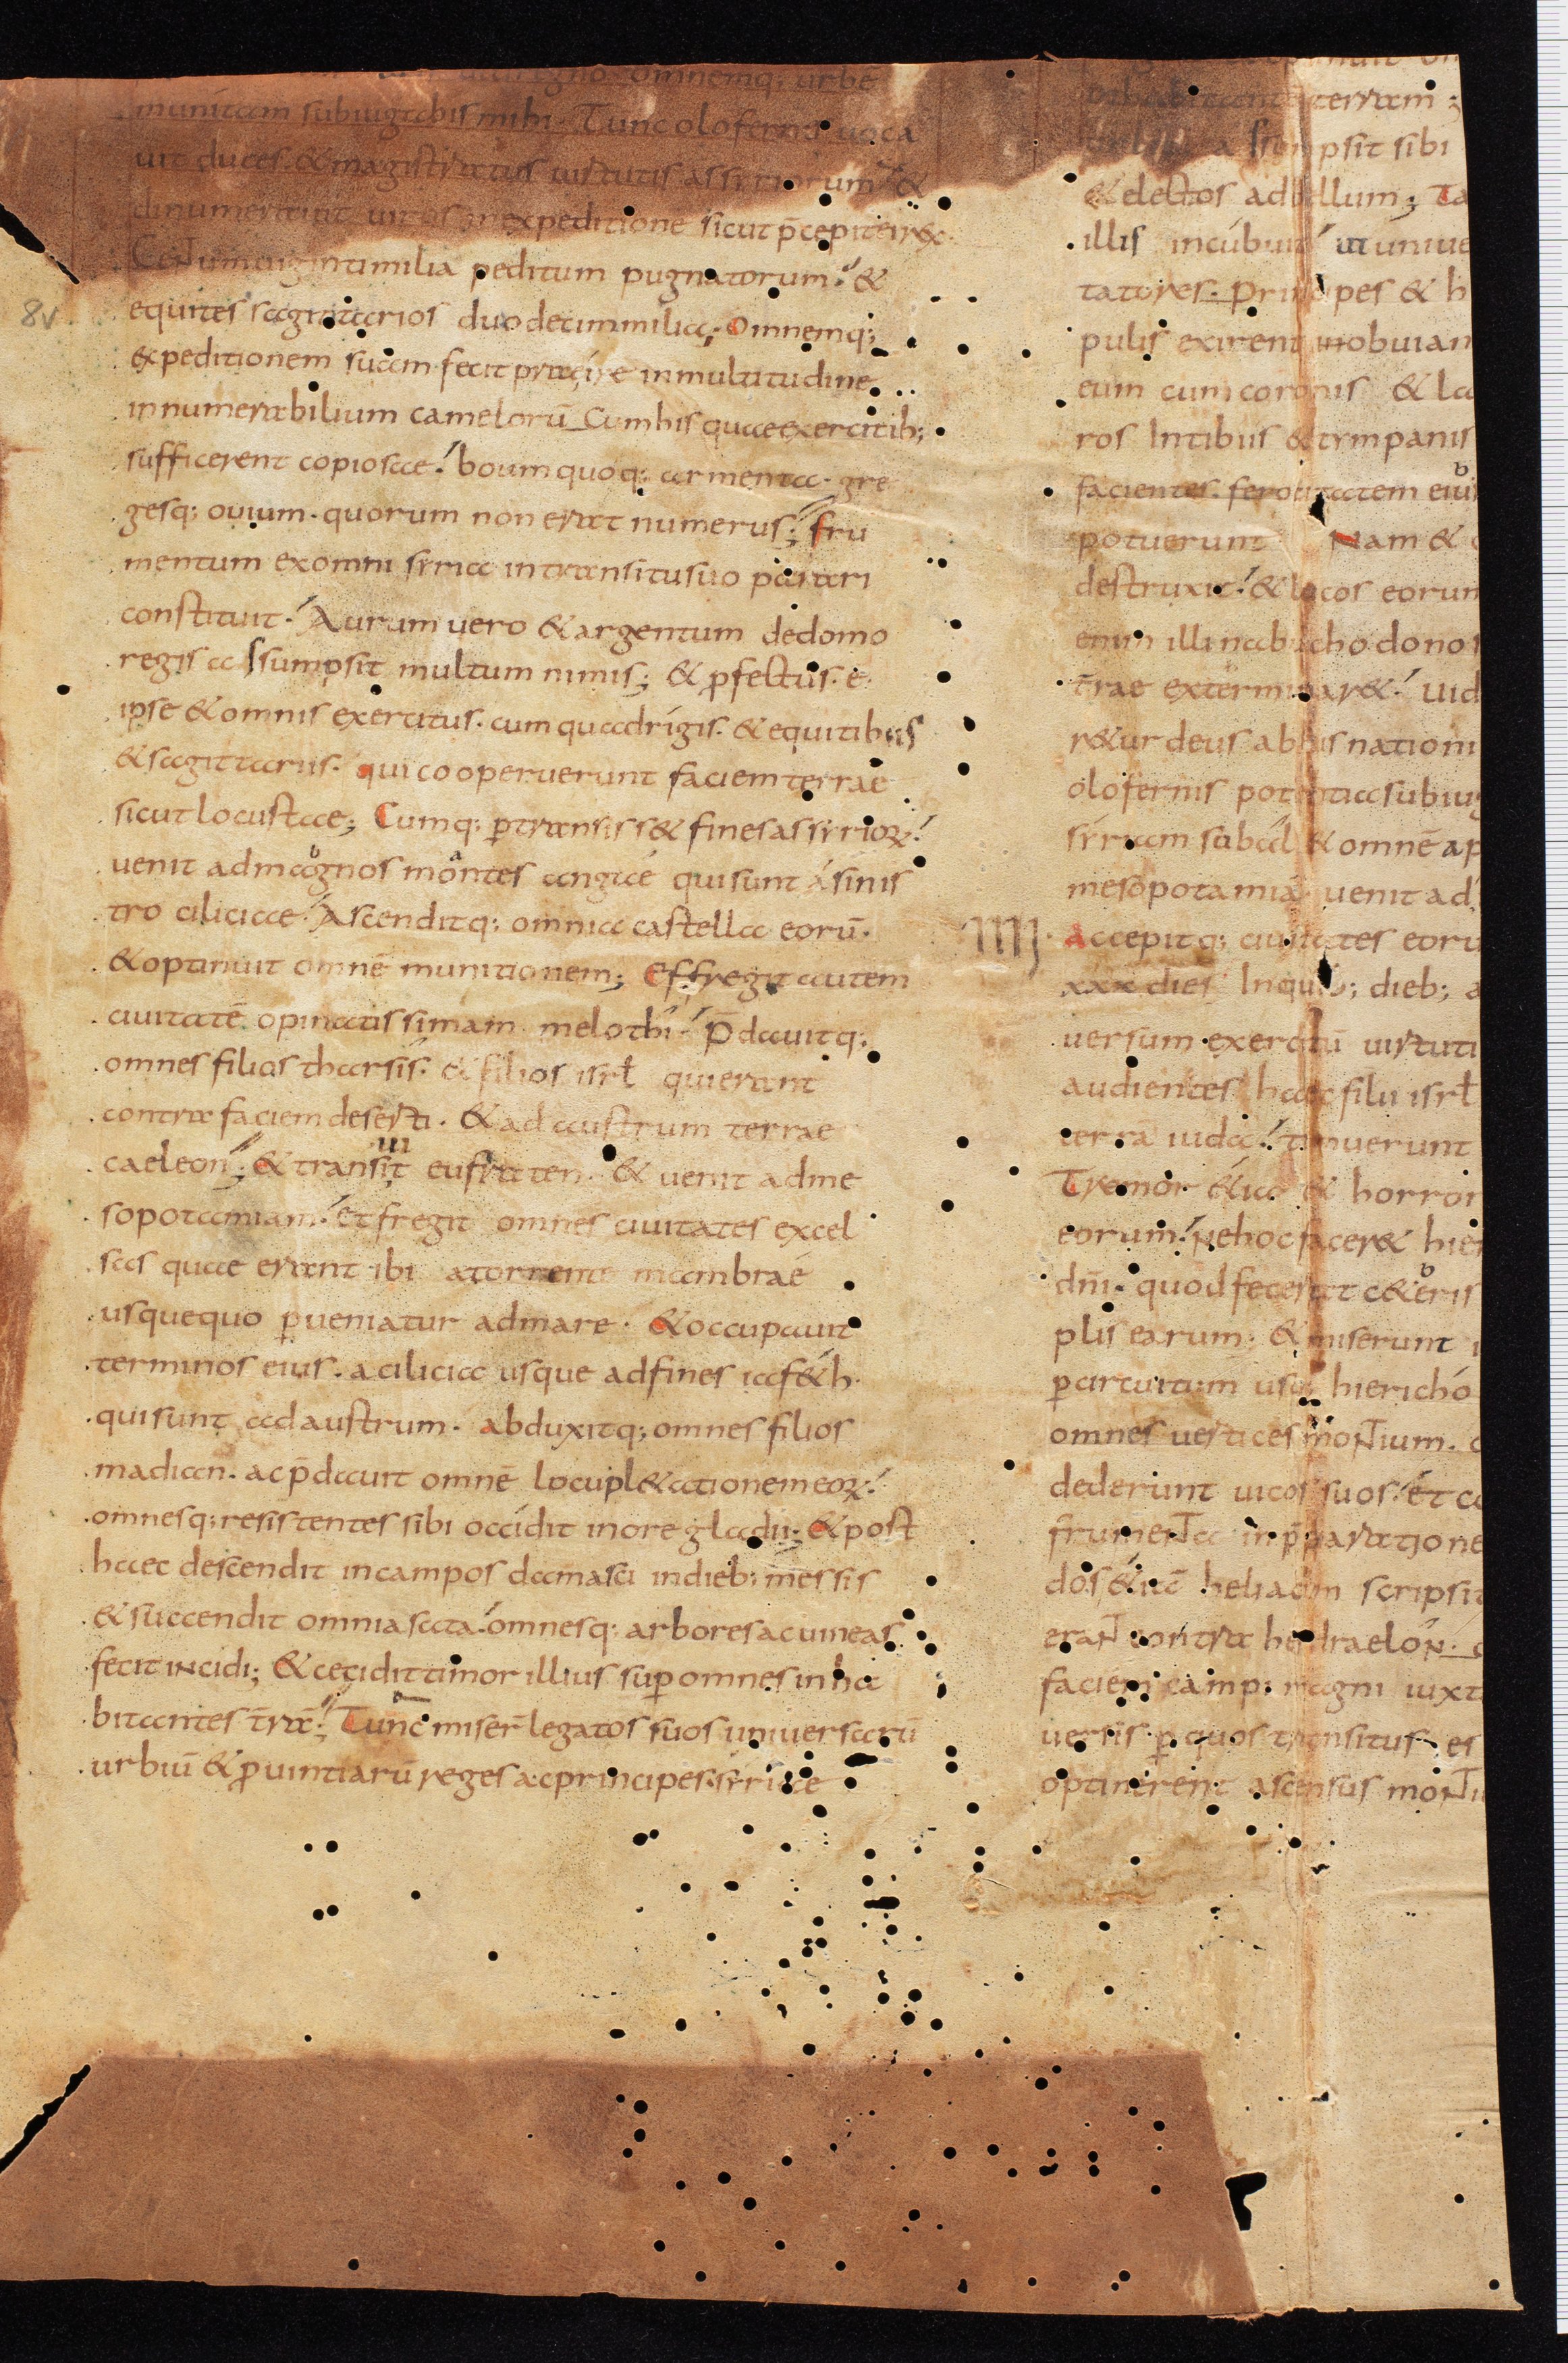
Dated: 800–815